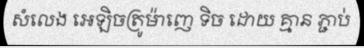
សំលេង អេឡិចត្រូម៉ាញេ ទិច ដោយ គ្មាន ភ្ជាប់